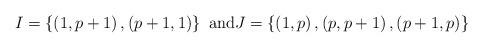
LaTeX: \begin{align*}I=\left\{ \left( 1,p+1\right) ,\left( p+1,1\right) \right\} \text{ and}J=\left\{ \left( 1,p\right) ,\left( p,p+1\right) ,\left( p+1,p\right)\right\}\end{align*}